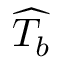
\widehat { T _ { b } }